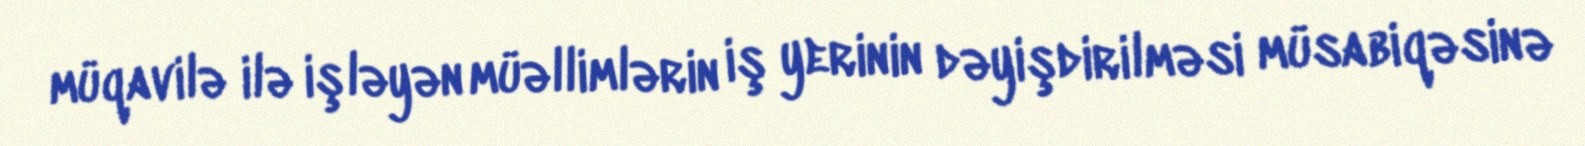
müqavilə ilə işləyən müəllimlərin iş yerinin dəyişdirilməsi müsabiqəsinə